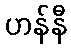
ဟန်နီ